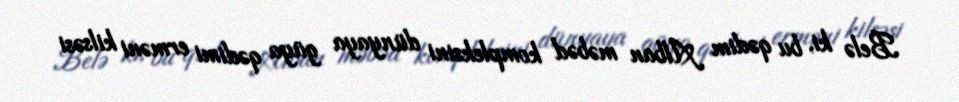
Belə ki, bu qədim Alban məbəd kompleksini dünyaya güya qədimi erməni kilsəsi